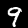
Digit: 9